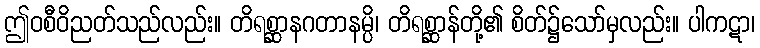
ဤဝစီဝိညတ်သည်လည်း။ တိရစ္ဆာနဂတာနမ္ပိ၊ တိရစ္ဆာန်တို့၏ စိတ်၌သော်မှလည်း။ ပါကဋာ၊